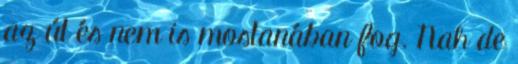
az út és nem is mostanában fog. Nah de